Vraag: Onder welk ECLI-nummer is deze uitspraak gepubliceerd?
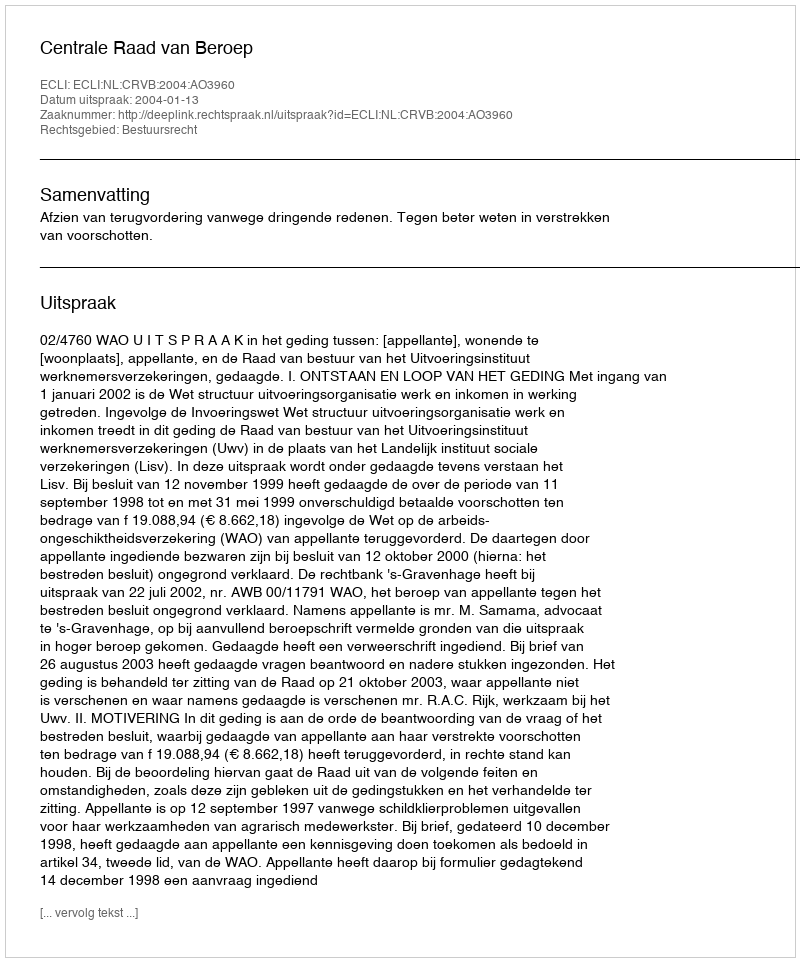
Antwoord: ECLI:NL:CRVB:2004:AO3960